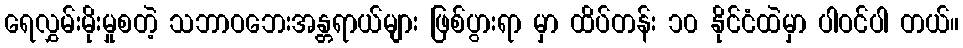
ရေလွှမ်းမိုးမှုစတဲ့ သဘာဝဘေးအန္တရာယ်များ ဖြစ်ပွားရာ မှာ ထိပ်တန်း ၁၀ နိုင်ငံထဲမှာ ပါဝင်ပါ တယ်။